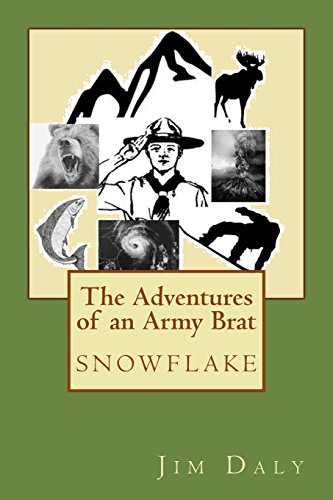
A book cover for The Adventures of an Army Brat: snowflake; Jim Daly; Parenting & Relationships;